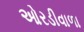
ઓરડીવાળા